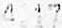
4.17